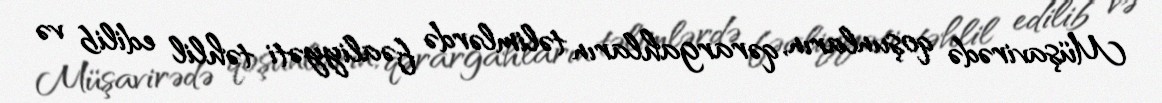
Müşavirədə qoşunların, qərargahların təlimlərdə fəaliyyəti təhlil edilib və